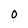
Character: 0